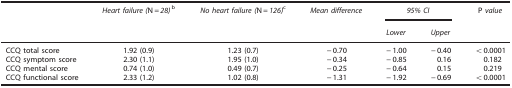
<table><thead><tr><td></td><td><b><i>Heart failure (</i>N<i>=28)</i>b</b></td><td><b><i>No heart failure (</i>N<i>=126)</i>c</b></td><td><b><i>Mean difference</i></b></td><td colspan="2"><b><i>95% CI</i></b></td><td><b>P <i>value</i></b></td></tr><tr><td></td><td></td><td></td><td></td><td><b><i>Lower</i></b></td><td><b><i>Upper</i></b></td><td></td></tr></thead><tbody><tr><td>CCQ total score</td><td>1.92 (0.9)</td><td>1.23 (0.7)</td><td>−0.70</td><td>−1.00</td><td>−0.40</td><td>&lt;0.0001</td></tr><tr><td>CCQ symptom score</td><td>2.30 (1.1)</td><td>1.95 (1.0)</td><td>−0.34</td><td>−0.85</td><td>0.16</td><td>0.182</td></tr><tr><td>CCQ mental score</td><td>0.74 (1.0)</td><td>0.49 (0.7)</td><td>−0.25</td><td>−0.64</td><td>0.15</td><td>0.219</td></tr><tr><td>CCQ functional score</td><td>2.33 (1.2)</td><td>1.02 (0.8)</td><td>−1.31</td><td>−1.92</td><td>−0.69</td><td>&lt;0.0001</td></tr></tbody></table>